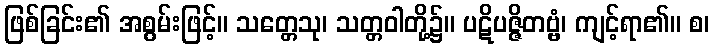
ဖြစ်ခြင်း၏ အစွမ်းဖြင့်။ သတ္တေသု၊ သတ္တဝါတို့၌။ ပဋိပဇ္ဇိတဗ္ဗံ၊ ကျင့်ရာ၏။ စ၊